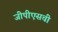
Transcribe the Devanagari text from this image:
जीपीएसची